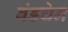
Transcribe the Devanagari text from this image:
बंडचेन